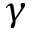
\gamma